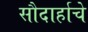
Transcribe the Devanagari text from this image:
सौदार्हाचे